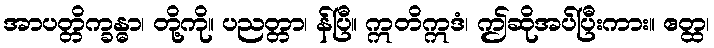
အာပတ္တိက္ခန္ဓာ၊ တို့ကို။ ပညတ္တာ၊ န်ပြီ။ ဣတိဣဒံ၊ ဤဆိုအပ်ပြီးကား။ ဧတ္ထ၊